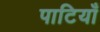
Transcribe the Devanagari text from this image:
पाटियाँ